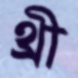
থ্রী